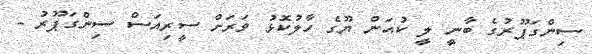
ސިންގަޕޫރުގެ ބާނީ ލީ ކުއަން ޔޫގެ ހާލުކޮޅު ވަރަށް ސީރިއަސް ސިންގަޕޫރު -